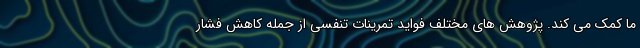
ما کمک می کند. پژوهش های مختلف فواید تمرینات تنفسی از جمله کاهش فشار